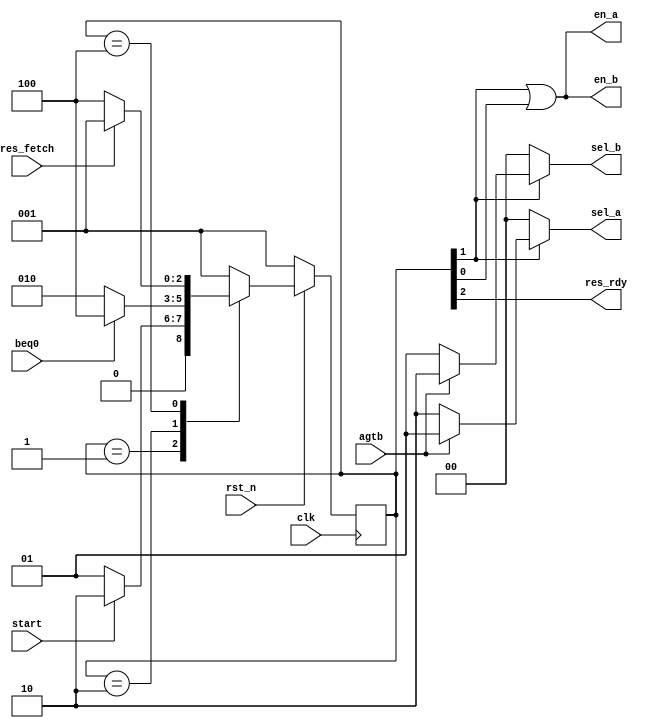
// -----------------------------Details----------------------------------- // 
// Version     : 1.0
// Description : GCD control unit
// -----------------------------History----------------------------------- //
// Date      BY          Version  Change Description
//
// 20210119  flyjancy   1.0      Initial Release. 
// ----------------------------------------------------------------------- //

module gcd_control(
    input            clk,
    input            rst_n,
    input            agtb,       // if a > b, agtb = 0
    input            beq0,       // if b = 0, beq0 = 1
    input            start,      // start calculation
    input            res_fetch,  // res fetched
    output           res_rdy,    // result ready
    output     [1:0] sel_a,      // A MUX select
    output     [1:0] sel_b,      // B MUX select
    output           en_a,       // A reg enable
    output           en_b        // B reg enable
);

parameter IDLE   = 3'b001;
parameter CALC   = 3'b010;
parameter FINISH = 3'b100;

reg [2:0] cur_state, nxt_state;

always @ (*) begin
    case(cur_state) 
        IDLE   : nxt_state = start     ? CALC   : IDLE;
        CALC   : nxt_state = beq0      ? FINISH : CALC;
        FINISH : nxt_state = res_fetch ? IDLE   : FINISH;
        default: nxt_state = IDLE;
    endcase
end

always @ (posedge clk) begin
    if (~rst_n)
        cur_state <= IDLE;
    else 
        cur_state <= nxt_state;
end

assign res_rdy = cur_state[2];
assign en_a    = cur_state[1] | cur_state[0];
assign en_b    = cur_state[1] | cur_state[0];
assign sel_a   = cur_state[1] ? (agtb ? 2'b01 : 2'b10) : 2'b00;
assign sel_b   = cur_state[1] ? (agtb ? 2'b10 : 2'b01) : 2'b00;

endmodule